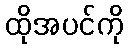
ထိုအပင်ကို